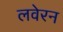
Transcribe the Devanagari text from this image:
लवेरन